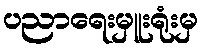
ပညာရေးမှူးရုံးမှ